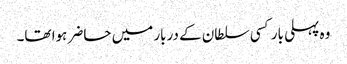
وہ پہلی بار کسی سلطان کے دربار میں حاضر ہوا تھا۔